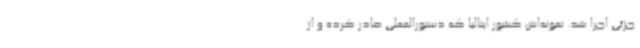
جزئی اجرا شد. نمونه‌اش کشور ایتالیا که دستورالعملی صادر کرده و از